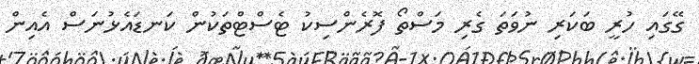
ގޭގައި ހުރީ ބަކަރި ނުވަތަ ގެރި މަސްތޯ ފޮރެންސިކު ޓެސްޓްތަކުން ކަނޑައެޅުނަސް އެއިން